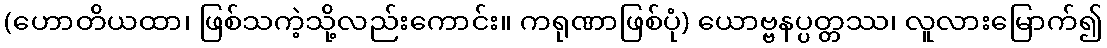
(ဟောတိယထာ၊ ဖြစ်သကဲ့သို့လည်းကောင်း။ ကရုဏာဖြစ်ပုံ) ယောဗ္ဗနပ္ပတ္တဿ၊ လူလားမြောက်၍